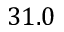
3 1 . 0